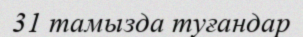
31 тамызда туғандар